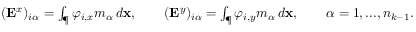
\begin{array} { r } { ( \mathbf { E } ^ { x } ) _ { i \alpha } = \int _ { \P } \varphi _ { i , x } m _ { \alpha } \, d \mathbf { x } , \quad \quad ( \mathbf { E } ^ { y } ) _ { i \alpha } = \int _ { \P } \varphi _ { i , y } m _ { \alpha } \, d \mathbf { x } , \quad \quad \alpha = 1 , . . . , n _ { k - 1 } . } \end{array}